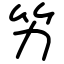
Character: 竻